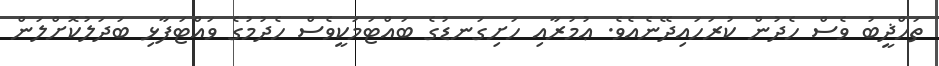
ތަހްޛީބު ވެސް ހެދުން ކުރަހައިދޭނެއެވެ. ޢުމުރާއި ހަށިގަނޑުގެ ބައްޓަމަކީވެސް ހެދުމުގެ ވައްޓަފާޅި ބަދަލުކޮށްލަން